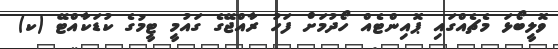
ވޮލީބޯޅަ މެޗެއްގައި ޕޮއިންޓެއް ހޯދުމަށް ފަހު ރާއްޖޭގެ ގައުމީ ޓީމުގެ ކުޑަކާއްޓޭ (ކ)